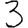
Digit: 3